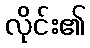
လိုင်း၏